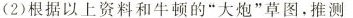
(2)根据以上资料和牛顿的”大炮”草图，推测